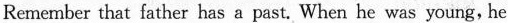
Remember that father has a past, When he was young,he